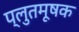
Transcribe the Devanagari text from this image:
प्लुतमूषक